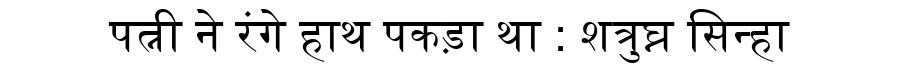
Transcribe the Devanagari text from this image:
पत्नी ने रंगे हाथ पकड़ा था : शत्रुघ्न सिन्हा